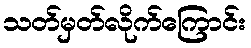
သတ်မှတ်လိုက်ကြောင်း